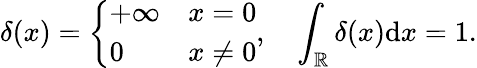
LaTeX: \delta(x)=\left\{ \begin{array}{ll}{+\infty}&{x=0}\\ {0}&{x\neq 0}\end{array}\right.,\quad\int_{\mathbb{R}}\delta(x)\mathrm{d}x=1.